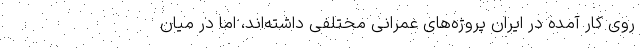
روی کار آمده در ایران پروژه‌های عمرانی مختلفی داشته‌اند، اما در میان‌